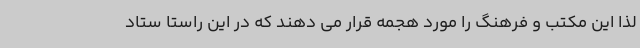
لذا این مکتب و فرهنگ را مورد هجمه قرار می دهند که در این راستا ستاد